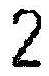
2